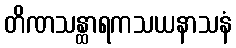
တိဏသန္ထာရကသယနာသနံ